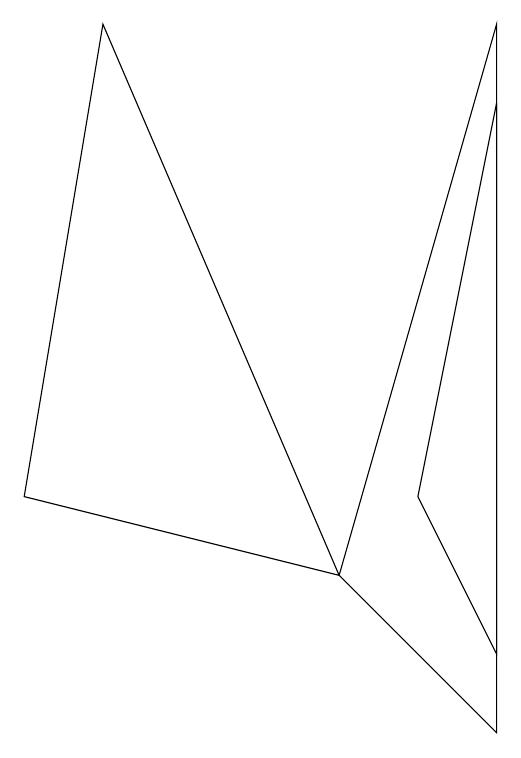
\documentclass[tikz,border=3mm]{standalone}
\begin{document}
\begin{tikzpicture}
\draw (5,2) -- (7,9) -- (7,0) -- cycle;
\draw (5,2) -- (2,9) -- (1,3) -- cycle;
\draw (7,1) -- (7,8) -- (6,3) -- cycle;
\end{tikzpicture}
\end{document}